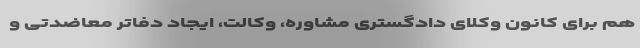
هم برای کانون وکلای دادگستری مشاوره، وکالت، ایجاد دفاتر معاضدتی و